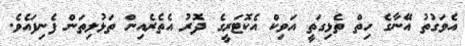
އެވަގުތު އޭނާގެ ހިތް ތެޅިގަތީ އަވިކް އެކޮޓަރީގެ ދޮރު އެތެރެއިން ތަޅުލިތަން ފެނިފައެވެ.